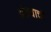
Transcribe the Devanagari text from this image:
अंड्याची